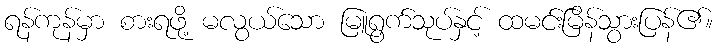
ရန်ကုန်မှာ စားရဖို့ မလွယ်သော မြူရွက်သုပ်နှင့် ထမင်းမြိန်သွားပြန်၏။